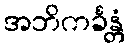
အဘိကင်္ခန္တံ